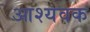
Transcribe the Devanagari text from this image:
आश्यवक